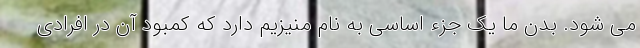
می شود. بدن ما یک جزء اساسی به نام منیزیم دارد که کمبود آن در افرادی